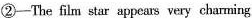
②-The film star appears very charming